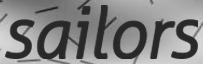
sailors